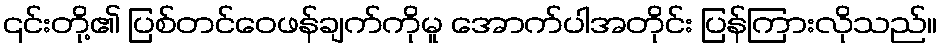
၎င်းတို့၏ ပြစ်တင်ဝေဖန်ချက်ကိုမူ အောက်ပါအတိုင်း ပြန်ကြားလိုသည်။